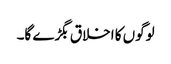
لوگوں کا اخلاق بگڑے گا۔